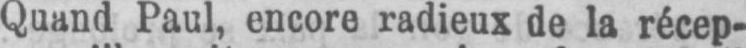
Quand Paul, encore radieux de la récep-